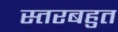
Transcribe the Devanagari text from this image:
स्तरबहुत